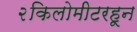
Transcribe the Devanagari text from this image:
२किलोमीटरहून